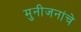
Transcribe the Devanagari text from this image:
मुनीजनांचे